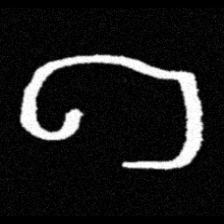
Pyu character \u2014 Myanmar letter: ဂ (romanized: ga)